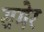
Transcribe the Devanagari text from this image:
समेर